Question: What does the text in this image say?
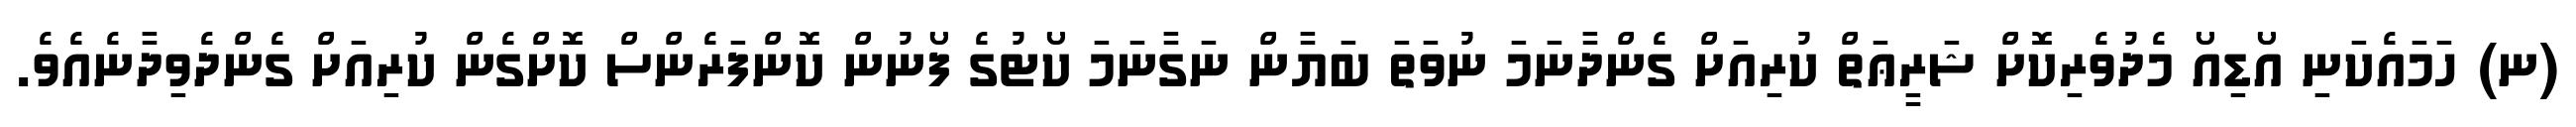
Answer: (ނ) ހަމައެކަނި އޯޑިއޯ މެދުވެރިކޮށް ޝަރީޢަތް ކުރިއަށް ގެންދާނަމަ ނުވަތަ ބަޔާން ނަގާނަމަ ކޯޓުގެ ފޯނުން ކޮންފަރެންސް ކޮށްގެން ކުރިއަށް ގެންދެވިދާނެއެވެ.